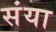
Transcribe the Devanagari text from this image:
संया